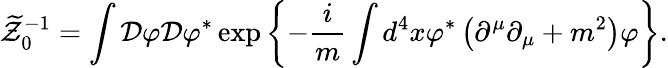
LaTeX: \widetilde{{\cal Z}}_{0}^{-1}=\int{\cal D}\varphi{\cal D}\varphi^{\ast}\exp\left\{ -\frac{i}{m}\int d^{4}x\varphi^{\ast}\left(\partial^{\mu}\partial_{\mu}+m^{2}\right)\varphi\right\} .